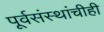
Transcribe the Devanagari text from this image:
पूर्वसंस्थांचीही